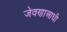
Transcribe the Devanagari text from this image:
जेवणाआधी